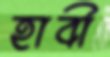
হাবী